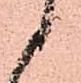
候